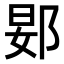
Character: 𬪀